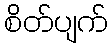
စိတ်ပျက်